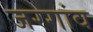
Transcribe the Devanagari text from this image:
जरगांव